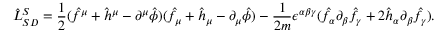
\hat { \cal { L } } _ { S D } ^ { S } = \frac { 1 } { 2 } ( \hat { f } ^ { \mu } + \hat { h } ^ { \mu } - \partial ^ { \mu } \hat { \phi } ) ( \hat { f } _ { \mu } + \hat { h } _ { \mu } - \partial _ { \mu } \hat { \phi } ) - \frac { 1 } { 2 m } \epsilon ^ { \alpha \beta \gamma } ( \hat { f } _ { \alpha } \partial _ { \beta } \hat { f } _ { \gamma } + 2 \hat { h } _ { \alpha } \partial _ { \beta } \hat { f } _ { \gamma } ) .